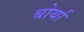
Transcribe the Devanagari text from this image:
बोर्या